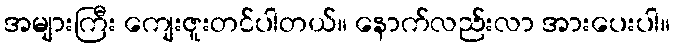
အများကြီး ကျေးဇူးတင်ပါတယ်။ နောက်လည်းလာ အားပေးပါ။